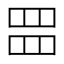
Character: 𮊂